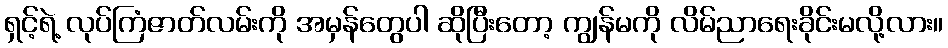
ရှင့်ရဲ့ လုပ်ကြံဇာတ်လမ်းကို အမှန်တွေပါ ဆိုပြီးတော့ ကျွန်မကို လိမ်ညာရေးခိုင်းမလို့လား။